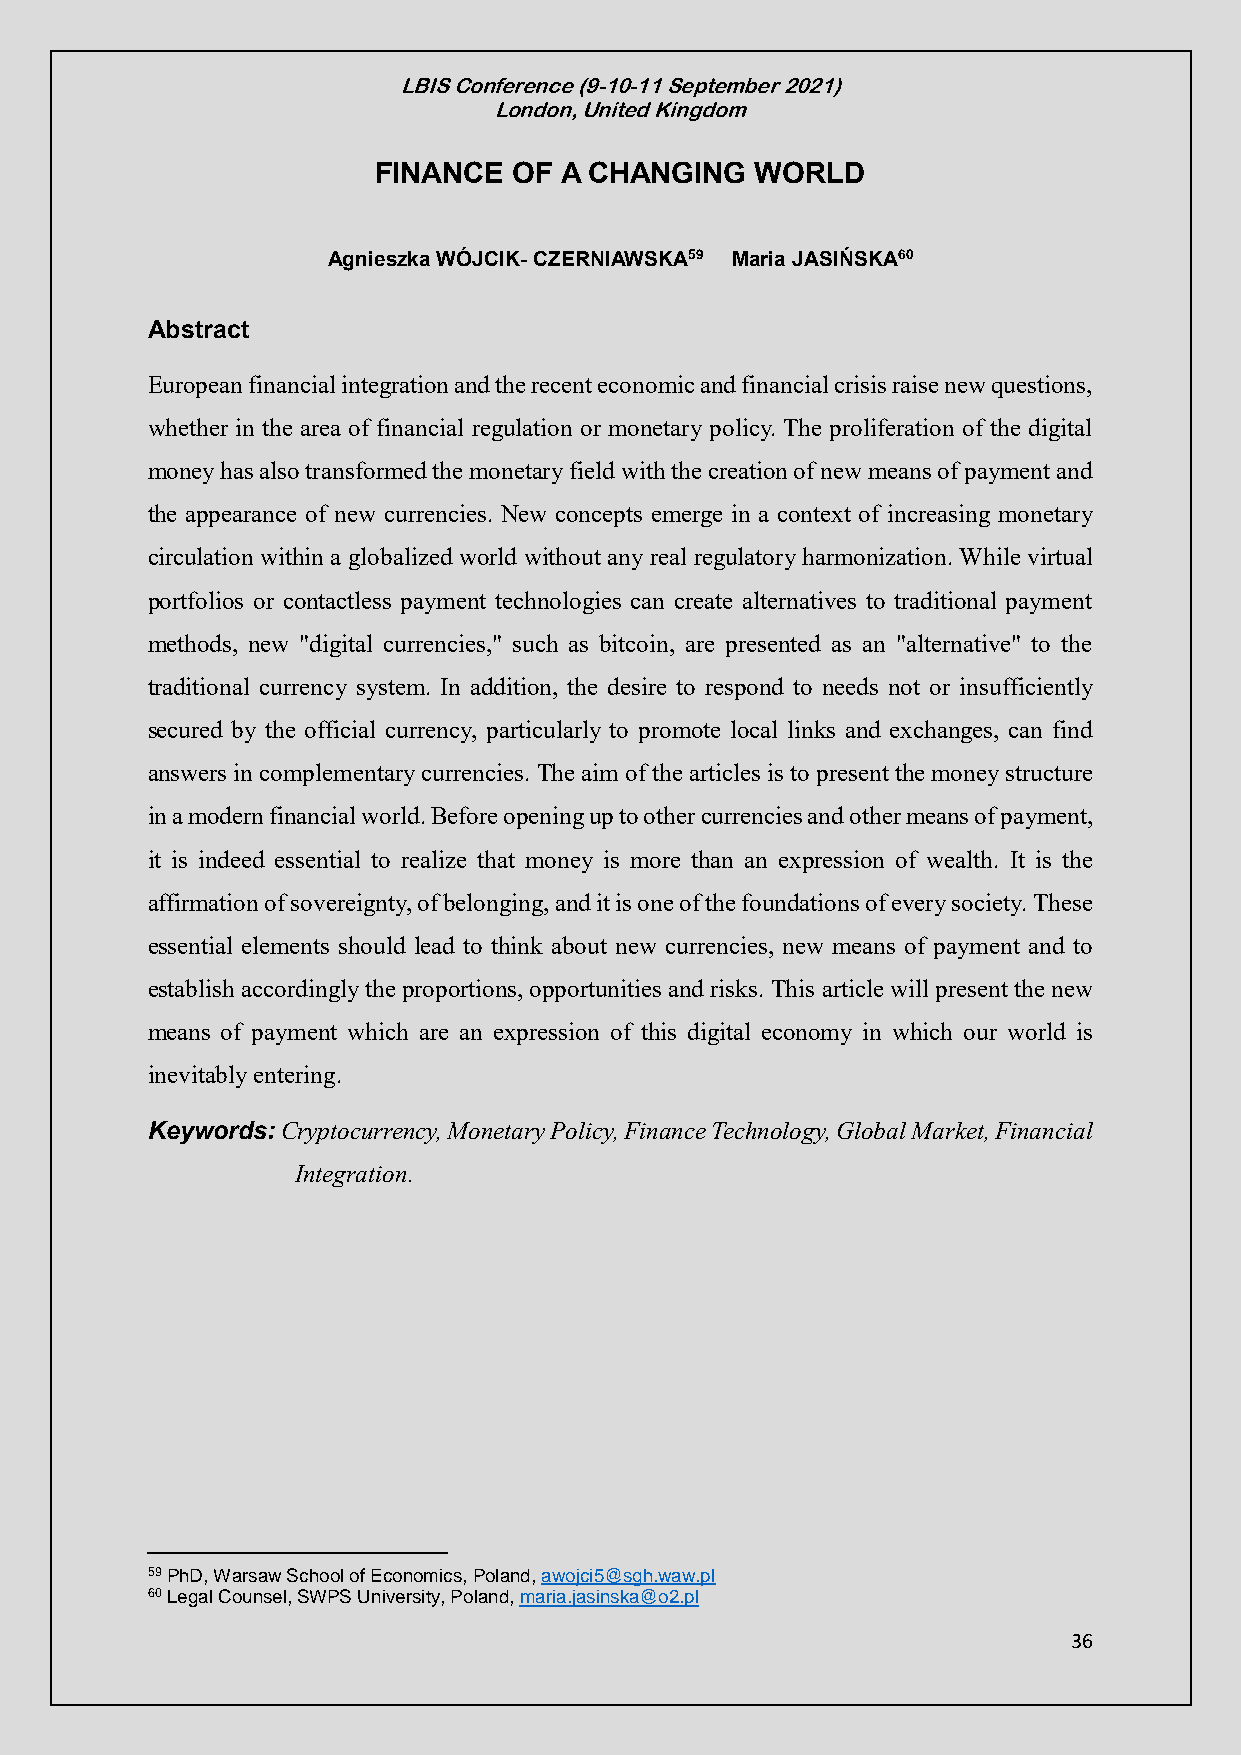
LBIS Conference (9-10-11 September 2021)
 London, United Kingdom
 FINANCE  OF A CHANGING   WORLD
 Agnieszka WÓJCIK- CZERNIAWSKA59 Maria JASIŃSKA60
 Abstract
 European financial integration and the recent economic and financial crisis raise new questions,
 whether in the area of financial regulation or monetary policy. The proliferation of the digital
 money has also transformed the monetary field with the creation of new means of payment and
 the appearance of new currencies. New concepts emerge in a context of increasing monetary
 circulation within a globalized world without any real regulatory harmonization. While virtual
 portfolios or contactless payment technologies can create alternatives to traditional payment
 methods, new "digital currencies," such as bitcoin, are presented as an "alternative" to the
 traditional currency system. In addition, the desire to respond to needs not or insufficiently
 secured by the official currency, particularly to promote local links and exchanges, can find
 answers in complementary currencies. The aim of the articles is to present the money structure
 in a modern financial world. Before opening up to other currencies and other means of payment,
 it is indeed essential to realize that money is more than an expression of wealth. It is the
 affirmation of sovereignty, of belonging, and it is one of the foundations of every society. These
 essential elements should lead to think about new currencies, new means of payment and to
 establish accordingly the proportions, opportunities and risks. This article will present the new
 means of payment which are an expression of this digital economy in which our world is
 inevitably entering.
 Keywords: Cryptocurrency, Monetary Policy, Finance Technology, Global Market, Financial
 Integration.
 59 PhD, Warsaw School of Economics, Poland, awojci5@sgh.waw.pl
 60 Legal Counsel, SWPS University, Poland, maria.jasinska@o2.pl
 36